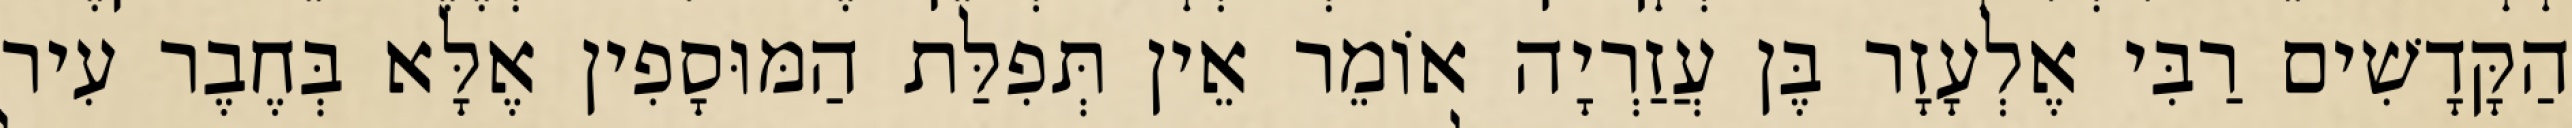
הַקָּדָשִׁים רַבִּי אֶלְעָזָר בֶּן עֲזַרְיָה אוֹמֵר אֵין תְּפִלַּת הַמּוּסָפִין אֶלָּא בְּחֶבֶר עִיר